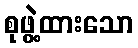
စုဖွဲ့ထားသော